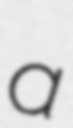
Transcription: a